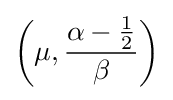
\left(\mu ,{\frac {\alpha -{\frac {1}{2}}}{\beta }}\right)